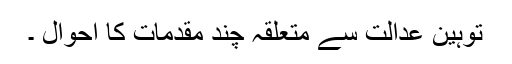
توہین عدالت سے متعلقہ چند مقدمات کا احوال ۔